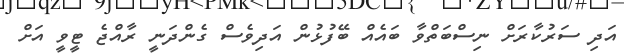
އަދި ސަރުކާރަށް ނިސްބަތްވާ ބައެއް ބޭފުޅުން އަދިވެސް ގެންދަނީ ރާއްޖެ ޓީވީ އަށް